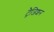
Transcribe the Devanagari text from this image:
ट्रैजिशन